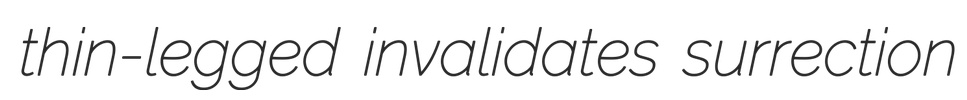
thin-legged invalidates surrection